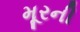
મૂરની